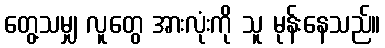
တွေ့သမျှ လူတွေ အားလုံးကို သူ မုန်းနေသည်။